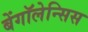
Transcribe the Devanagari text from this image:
बेंगॉलेन्सिस